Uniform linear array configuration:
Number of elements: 48
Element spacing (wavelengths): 0.75
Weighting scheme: uniform
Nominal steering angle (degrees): -45
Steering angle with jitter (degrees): -44.454
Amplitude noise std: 0.05
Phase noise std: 0.05

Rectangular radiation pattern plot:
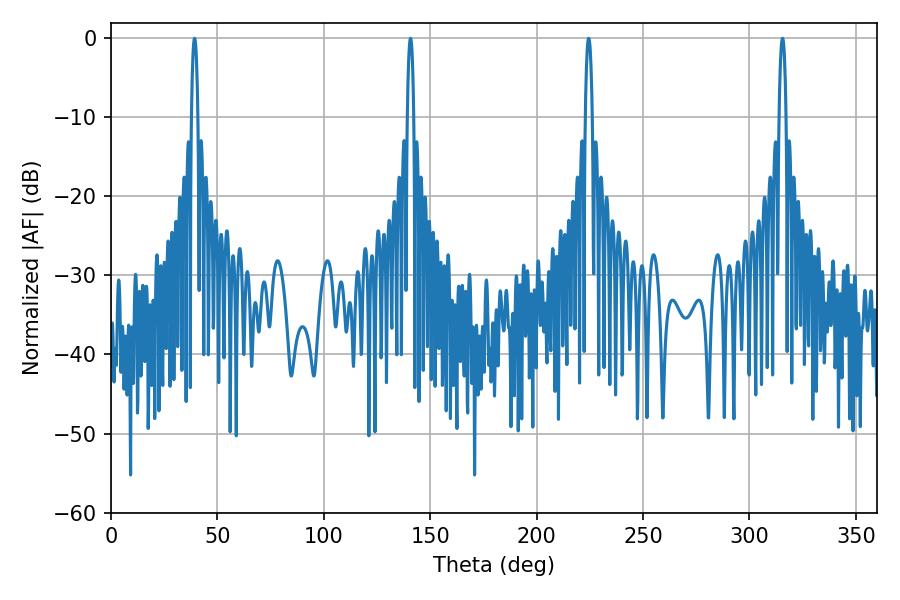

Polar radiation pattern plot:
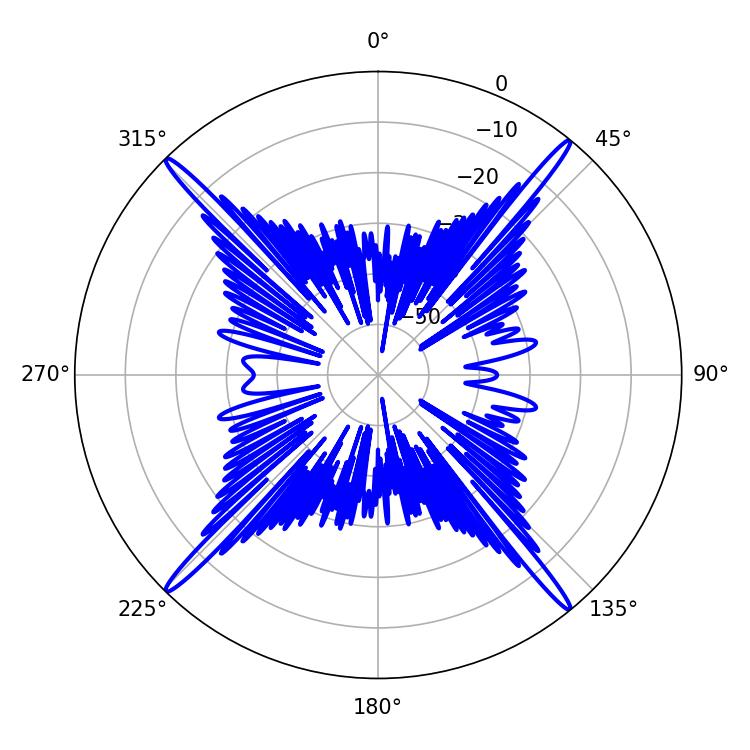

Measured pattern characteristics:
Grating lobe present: TRUE
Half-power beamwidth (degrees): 1.8
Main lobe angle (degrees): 224.46